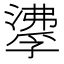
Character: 𰝌